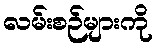
လမ်းစဉ်များကို